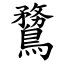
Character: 䳱